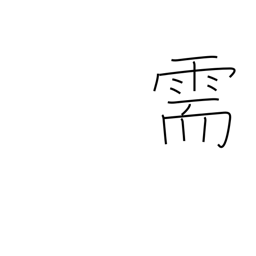
Meaning: request